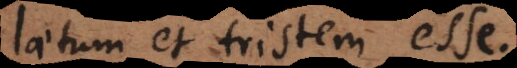
laetum et tristem esse.